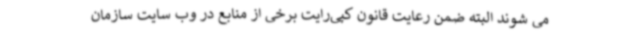
می شوند البته ضمن رعایت قانون کپی‌رایت برخی از منابع در وب سایت سازمان